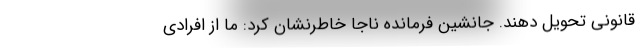
قانونی تحویل دهند. جانشین فرمانده ناجا خاطرنشان کرد: ما از افرادی